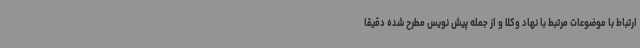
ارتباط با موضوعات مرتبط با نهاد وکلا و از جمله پیش نویس مطرح شده دقیقا